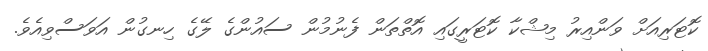
ކޮޓަރިއަށް ވަންއިރު މިޝްކާ ކޮޓަރީގައި އޮތްތަން ފެނުމުން ސައުންގެ ލޭގެ ހިނގުން އަވަސްވިއެވެ.